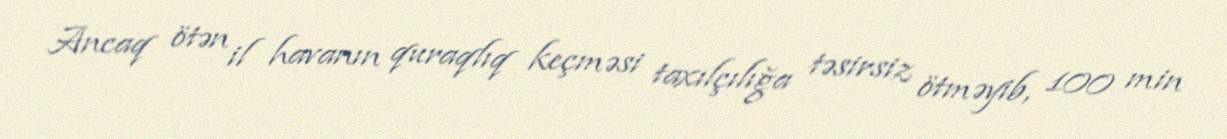
Ancaq ötən il havanın quraqlıq keçməsi taxılçılığa təsirsiz ötməyib, 100 min